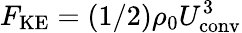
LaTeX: F_{\mathrm{KE}}=(1/2)\rho_{0}U_{\mathrm{conv}}^{3}